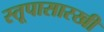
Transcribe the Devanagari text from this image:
स्तूपासारखी